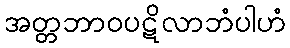
အတ္တဘာဝပဋိလာဘံပါဟံ